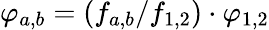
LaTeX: \varphi_{a,b}=\left(f_{a,b}/f_{1,2}\right)\cdot\varphi_{1,2}